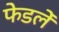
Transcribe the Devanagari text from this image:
फेडलें